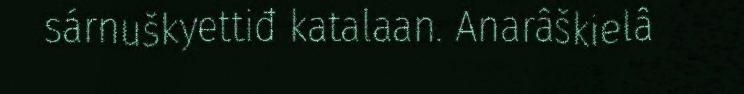
sárnuškyettiđ katalaan. Anarâškielâ